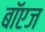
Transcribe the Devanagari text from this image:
बॉएज